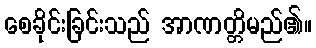
စေခိုင်းခြင်းသည် အာဏတ္တိမည်၏။